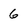
Character: 6